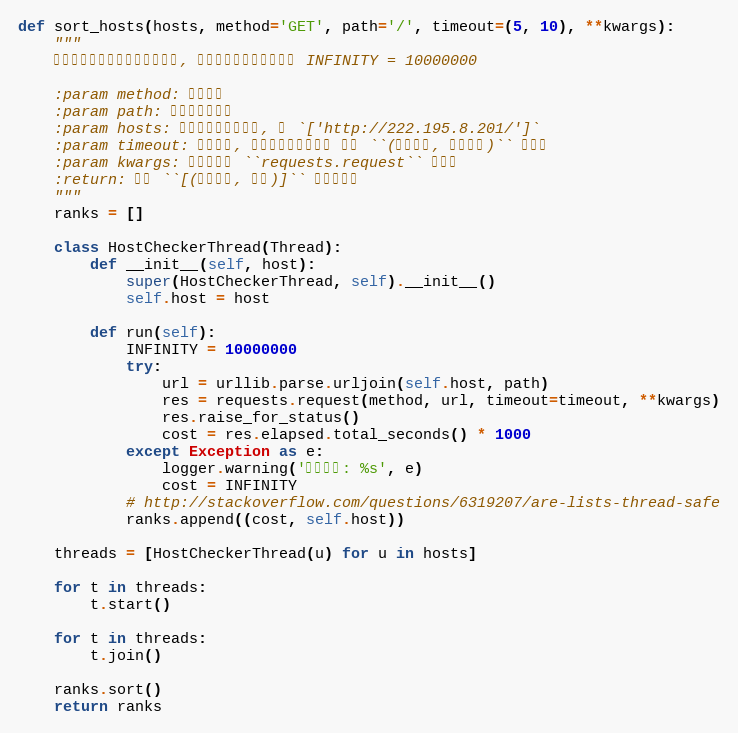
Language: Python
def sort_hosts(hosts, method='GET', path='/', timeout=(5, 10), **kwargs):
    """
    测试各个地址的速度并返回排名, 当出现错误时消耗时间为 INFINITY = 10000000

    :param method: 请求方法
    :param path: 默认的访问路径
    :param hosts: 进行的主机地址列表, 如 `['http://222.195.8.201/']`
    :param timeout: 超时时间, 可以是一个浮点数或 形如 ``(连接超时, 读取超时)`` 的元祖
    :param kwargs: 其他传递到 ``requests.request`` 的参数
    :return: 形如 ``[(访问耗时, 地址)]`` 的排名数据
    """
    ranks = []

    class HostCheckerThread(Thread):
        def __init__(self, host):
            super(HostCheckerThread, self).__init__()
            self.host = host

        def run(self):
            INFINITY = 10000000
            try:
                url = urllib.parse.urljoin(self.host, path)
                res = requests.request(method, url, timeout=timeout, **kwargs)
                res.raise_for_status()
                cost = res.elapsed.total_seconds() * 1000
            except Exception as e:
                logger.warning('访问出错: %s', e)
                cost = INFINITY
            # http://stackoverflow.com/questions/6319207/are-lists-thread-safe
            ranks.append((cost, self.host))

    threads = [HostCheckerThread(u) for u in hosts]

    for t in threads:
        t.start()

    for t in threads:
        t.join()

    ranks.sort()
    return ranks